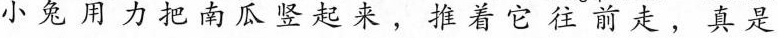
小兔用力把南瓜竖起来，推着它往前走，真是